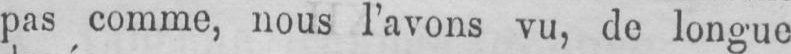
pas comme, nous l’avons vu, de longue